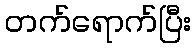
တက်ရောက်ပြီး